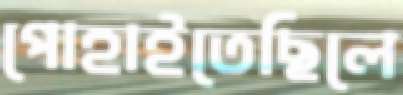
পোহাইতেছিলে